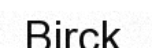
Birck